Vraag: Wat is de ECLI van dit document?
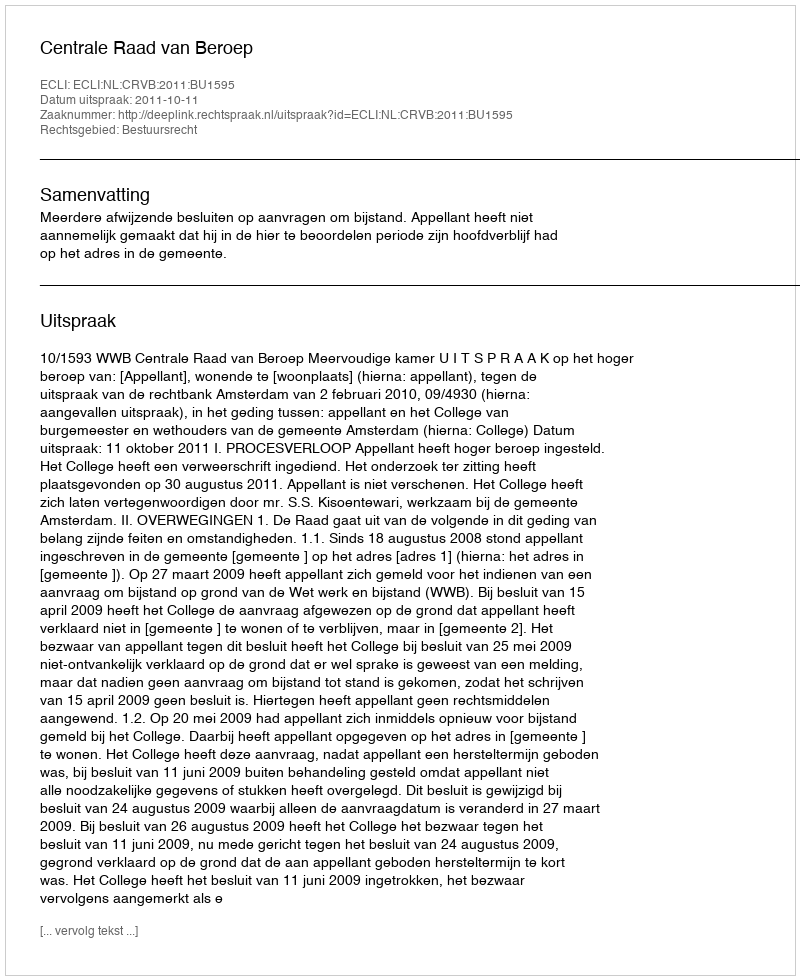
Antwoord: ECLI:NL:CRVB:2011:BU1595